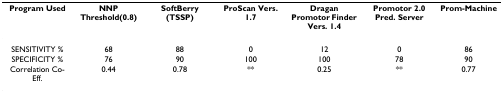
<table><thead><tr><td><b>Program Used</b></td><td><b>NNP Threshold(0.8)</b></td><td><b>SoftBerry(TSSP)</b></td><td><b>ProScan Vers. 1.7</b></td><td><b>Dragan Promotor Finder Vers. 1.4</b></td><td><b>Promotor 2.0 Pred. Server</b></td><td><b>Prom-Machine</b></td></tr></thead><tbody><tr><td>SENSITIVITY %</td><td>68</td><td>88</td><td>0</td><td>12</td><td>0</td><td>86</td></tr><tr><td>SPECIFICITY %</td><td>76</td><td>90</td><td>100</td><td>100</td><td>78</td><td>90</td></tr><tr><td>Correlation Co-Eff.</td><td>0.44</td><td>0.78</td><td>**</td><td>0.25</td><td>**</td><td>0.77</td></tr></tbody></table>